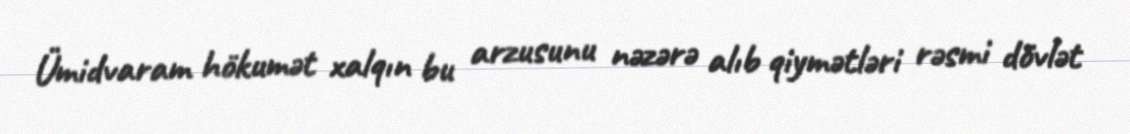
Ümidvaram hökumət xalqın bu arzusunu nəzərə alıb qiymətləri rəsmi dövlət